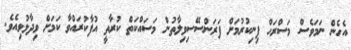
އެހެން ނަމަވެސް މަސްރަހް ފިނިކުރުމަށް ފަރަންސޭސިވިލާތުން މަސައްކަތް ކުރާތީ އުފާކުރައްވާ ކަމަށް ވިދާޅުވިއެވެ.